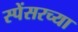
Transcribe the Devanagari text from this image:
स्पेंसरच्या